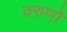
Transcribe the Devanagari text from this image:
वरुणो